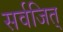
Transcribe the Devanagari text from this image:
सर्वजित्